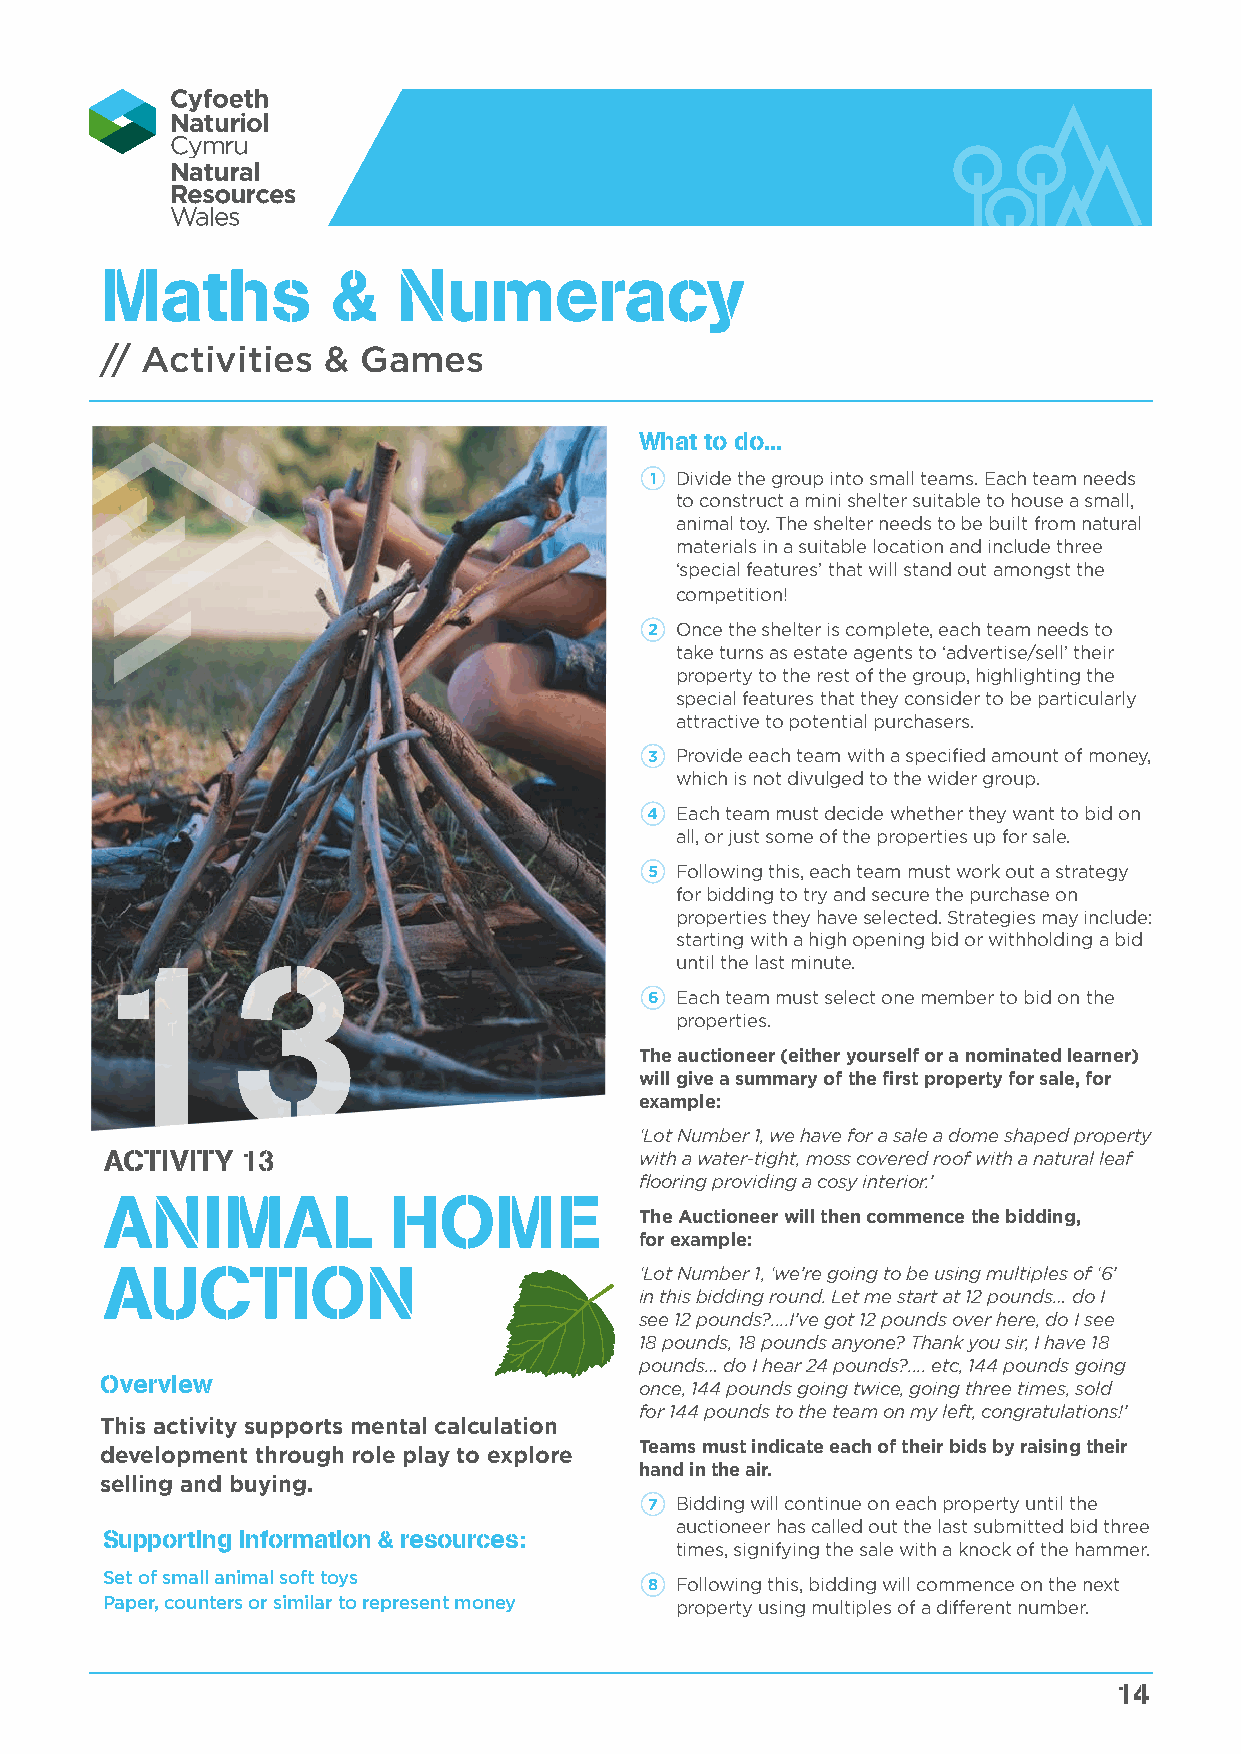
Maths          &   Numeracy
 // Activities &  Games
 What to do...
 1 Divide the group into small teams. Each team needs
 to construct a mini shelter suitable to house a small,
 animal toy. The shelter needs to be built from natural
 materials in a suitable location and include three
 ‘special features’ that will stand out amongst the
 competition!
 2 Once the shelter is complete, each team needs to
 take turns as estate agents to ‘advertise/sell’ their
 property to the rest of the group, highlighting the
 special features that they consider to be particularly
 attractive to potential purchasers.
 3 Provide each team with a specified amount of money,
 which is not divulged to the wider group.
 4 Each team must decide whether they want to bid on
 all, or just some of the properties up for sale.
 5 Following this, each team must work out a strategy
 for bidding to try and secure the purchase on
 properties they have selected. Strategies may include:
 starting with a high opening bid or withholding a bid
 13                                    until the last minute.
 6 Each team must select one member to bid on the
 properties.
 The auctioneer (either yourself or a nominated learner)
 will give a summary of the first property for sale, for
 example:
 ‘Lot Number 1, we have for a sale a dome shaped property
 ACTIVITY 13                        with a water-tight, moss covered roof with a natural leaf
 flooring providing a cosy interior.’
 ANIMAL             HOME
 The Auctioneer will then commence the bidding,
 for example:
 AUCTION                            ‘Lot Number 1, ‘we’re going to be using multiples of ‘6’
 in this bidding round. Let me start at 12 pounds… do I
 see 12 pounds?....I’ve got 12 pounds over here, do I see
 18 pounds, 18 pounds anyone? Thank you sir, I have 18
 pounds… do I hear 24 pounds?.... etc, 144 pounds going
 Overview
 once, 144 pounds going twice, going three times, sold
 for 144 pounds to the team on my left, congratulations!’
 This activity supports mental calculation
 Teams must indicate each of their bids by raising their
 development through role play to explore
 hand in the air.
 selling and buying.
 7 Bidding will continue on each property until the
 auctioneer has called out the last submitted bid three
 Supporting information & resources:
 times, signifying the sale with a knock of the hammer.
 Set of small animal soft toys       8 Following this, bidding will commence on the next
 Paper, counters or similar to represent money property using multiples of a different number.
 14